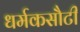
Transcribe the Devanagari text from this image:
धर्मकसौटी